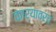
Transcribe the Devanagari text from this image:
कार्यावरच